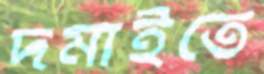
দমাইতে